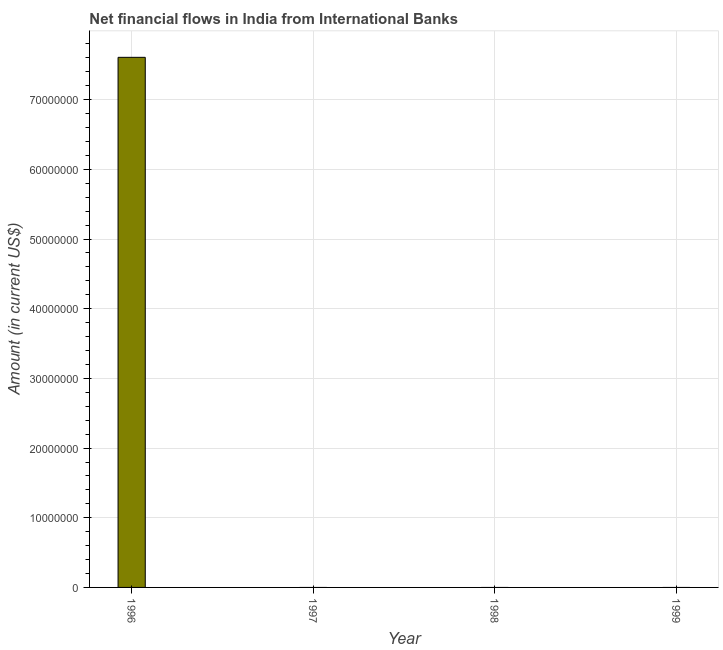
| Year | Net financial flows from IBRD |
 | --- | --- |
 | 1996 | 7.61e+07 |
 | 1997 | -7.62e+07 |
 | 1998 | -9.87e+07 |
 | 1999 | -9.37e+07 |